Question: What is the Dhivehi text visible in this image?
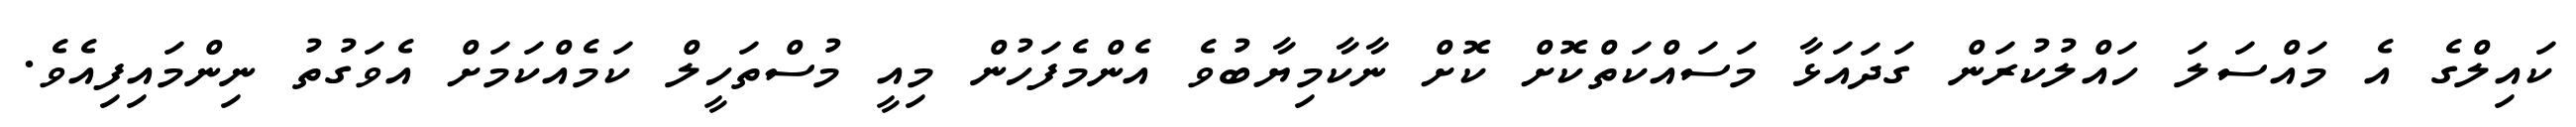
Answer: ކައިލްގެ އެ މައްސަލަ ހައްލުކުރަން ގަދައަޅާ މަސައްކަތްކޮށް ކޮށް ނާކާމިޔާބުވެ އެންމެފަހުން މިއީ މުސްތަހީލް ކަމެއްކަމަށް އެވަގުތު ނިންމައިފިއެވެ.